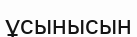
ұсынысын